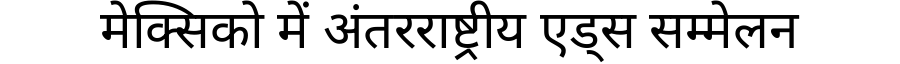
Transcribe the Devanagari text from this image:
मेक्सिको में अंतरराष्ट्रीय एड्स सम्मेलन